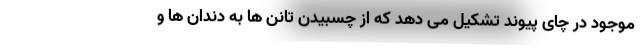
موجود در چای پیوند تشکیل می دهد که از چسبیدن تانن ها به دندان ها و